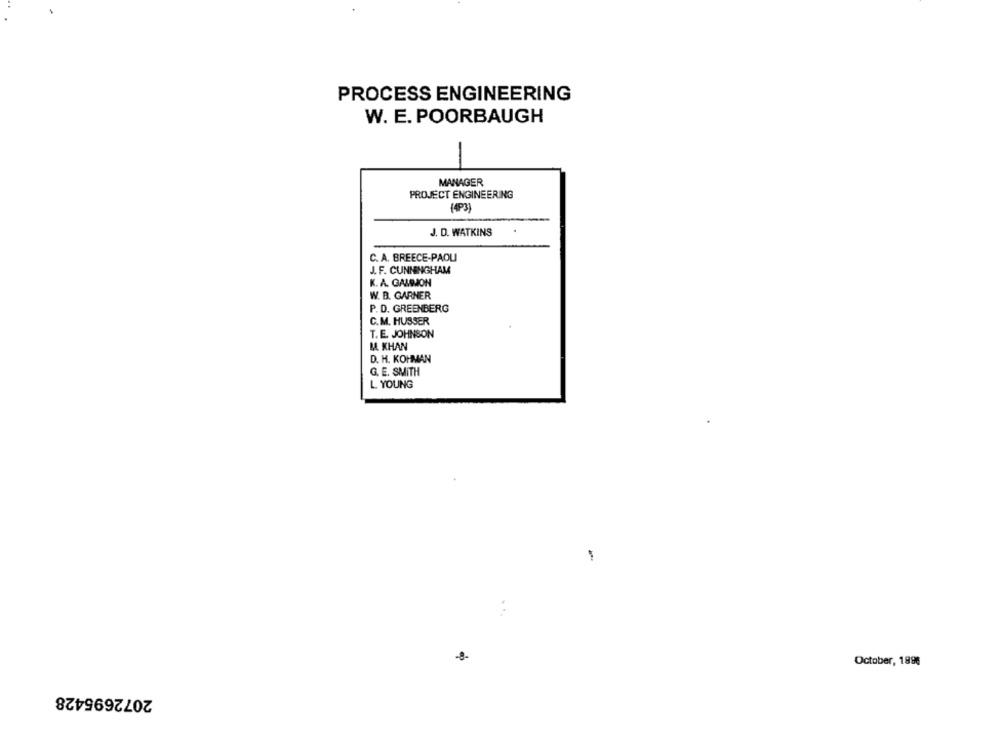
PROCESS ENGINEERING
W. E. POORBAUGH
MANAGER
PROJECT ENGINEERING
(P3)
J. D. WATKINS
C. A. BREECE-PAOLI
J. F. CUNNINGHAM
K. A. GALINION
W. B. GARNER
P. D. GREENBERG
C.M. HUSSER
T. E. JOHNSON
MA KHAN
D. H. KOHMAN
G. E. SMITH
L YOUNG
-
-8-
October, 1896
2072695428